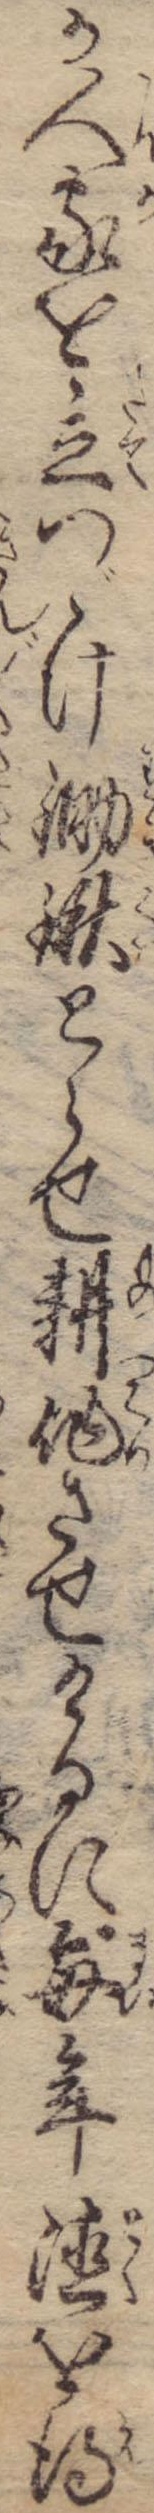
か人家を立つゞけ鋤鍬とらせ耕作させけるに毎年徳を得